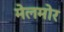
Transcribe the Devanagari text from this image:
मेलमोर